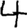
Digit: 4